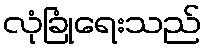
လုံခြုံရေးသည်